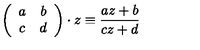
\left( \begin{array} { c c } { a } & { b } \\ { c } & { d } \\ \end{array} \right) \cdot z \equiv \frac { a z + b } { c z + d }